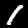
Digit: 1